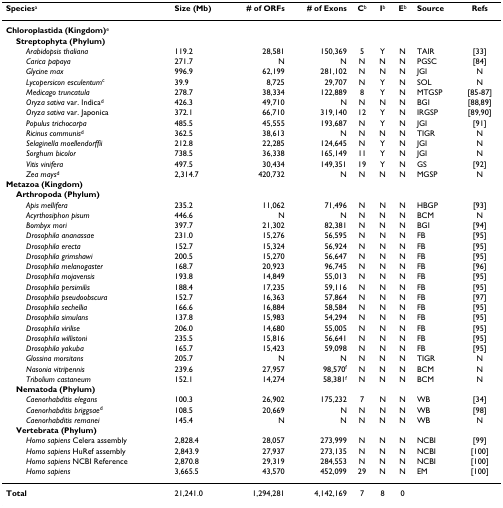
<table><thead><tr><td><b>Species<sup>a</sup></b></td><td><b>Size (Mb)</b></td><td><b># of ORFs</b></td><td><b># of Exons</b></td><td><b>C<sup>b</sup></b></td><td><b>I<sup>b</sup></b></td><td><b>E<sup>b</sup></b></td><td><b>Source</b></td><td><b>Refs</b></td></tr></thead><tbody><tr><td><b>Chloroplastida (Kingdom)</b><sup>e</sup></td><td></td><td></td><td></td><td></td><td></td><td></td><td></td><td></td></tr><tr><td> <b>Streptophyta (Phylum)</b></td><td></td><td></td><td></td><td></td><td></td><td></td><td></td><td></td></tr><tr><td><i>Arabidopsis thaliana</i></td><td>119.2</td><td>28,581</td><td>150,369</td><td>5</td><td>Y</td><td>N</td><td>TAIR</td><td>[33]</td></tr><tr><td><i>Carica papaya</i></td><td>271.7</td><td>N</td><td>N</td><td>N</td><td>N</td><td>N</td><td>PGSC</td><td>[84]</td></tr><tr><td><i>Glycine max</i></td><td>996.9</td><td>62,199</td><td>281,102</td><td>N</td><td>N</td><td>N</td><td>JGI</td><td>N</td></tr><tr><td><i>Lycopersicon esculentum</i><sup>c</sup></td><td>39.9</td><td>8,725</td><td>29,707</td><td>N</td><td>Y</td><td>N</td><td>SOL</td><td>N</td></tr><tr><td><i>Medicago truncatula</i></td><td>278.7</td><td>38,334</td><td>122,889</td><td>8</td><td>Y</td><td>N</td><td>MTGSP</td><td>[85-87]</td></tr><tr><td><i>Oryza sativa </i>var. Indica<sup>d</sup></td><td>426.3</td><td>49,710</td><td>N</td><td>N</td><td>N</td><td>N</td><td>BGI</td><td>[88,89]</td></tr><tr><td><i>Oryza sativa </i>var. Japonica</td><td>372.1</td><td>66,710</td><td>319,140</td><td>12</td><td>Y</td><td>N</td><td>IRGSP</td><td>[89,90]</td></tr><tr><td><i>Populus trichocarpa</i></td><td>485.5</td><td>45,555</td><td>193,687</td><td>N</td><td>Y</td><td>N</td><td>JGI</td><td>[91]</td></tr><tr><td><i>Ricinus communis</i><sup>d</sup></td><td>362.5</td><td>38,613</td><td>N</td><td>N</td><td>N</td><td>N</td><td>TIGR</td><td>N</td></tr><tr><td><i>Selaginella moellendorffii</i></td><td>212.8</td><td>22,285</td><td>124,645</td><td>N</td><td>Y</td><td>N</td><td>JGI</td><td>N</td></tr><tr><td><i>Sorghum bicolor</i></td><td>738.5</td><td>36,338</td><td>165,149</td><td>11</td><td>Y</td><td>N</td><td>JGI</td><td>N</td></tr><tr><td><i>Vitis vinifera</i></td><td>497.5</td><td>30,434</td><td>149,351</td><td>19</td><td>Y</td><td>N</td><td>GS</td><td>[92]</td></tr><tr><td><i>Zea mays</i><sup>d</sup></td><td>2,314.7</td><td>420,732</td><td>N</td><td>N</td><td>N</td><td>N</td><td>MGSP</td><td>N</td></tr><tr><td><b>Metazoa (Kingdom)</b></td><td></td><td></td><td></td><td></td><td></td><td></td><td></td><td></td></tr><tr><td> <b>Arthropoda (Phylum)</b></td><td></td><td></td><td></td><td></td><td></td><td></td><td></td><td></td></tr><tr><td><i>Apis mellifera</i></td><td>235.2</td><td>11,062</td><td>71,496</td><td>N</td><td>N</td><td>N</td><td>HBGP</td><td>[93]</td></tr><tr><td><i>Acyrthosiphon pisum</i></td><td>446.6</td><td>N</td><td>N</td><td>N</td><td>N</td><td>N</td><td>BCM</td><td>N</td></tr><tr><td><i>Bombyx mori</i></td><td>397.7</td><td>21,302</td><td>82,381</td><td>N</td><td>N</td><td>N</td><td>BGI</td><td>[94]</td></tr><tr><td><i>Drosophila ananassae</i></td><td>231.0</td><td>15,276</td><td>56,595</td><td>N</td><td>N</td><td>N</td><td>FB</td><td>[95]</td></tr><tr><td><i>Drosophila erecta</i></td><td>152.7</td><td>15,324</td><td>56,924</td><td>N</td><td>N</td><td>N</td><td>FB</td><td>[95]</td></tr><tr><td><i>Drosophila grimshawi</i></td><td>200.5</td><td>15,270</td><td>56,647</td><td>N</td><td>N</td><td>N</td><td>FB</td><td>[95]</td></tr><tr><td><i>Drosophila melanogaster</i></td><td>168.7</td><td>20,923</td><td>96,745</td><td>N</td><td>N</td><td>N</td><td>FB</td><td>[96]</td></tr><tr><td><i>Drosophila mojavensis</i></td><td>193.8</td><td>14,849</td><td>55,013</td><td>N</td><td>N</td><td>N</td><td>FB</td><td>[95]</td></tr><tr><td><i>Drosophila persimilis</i></td><td>188.4</td><td>17,235</td><td>59,116</td><td>N</td><td>N</td><td>N</td><td>FB</td><td>[95]</td></tr><tr><td><i>Drosophila pseudoobscura</i></td><td>152.7</td><td>16,363</td><td>57,864</td><td>N</td><td>N</td><td>N</td><td>FB</td><td>[97]</td></tr><tr><td><i>Drosophila sechellia</i></td><td>166.6</td><td>16,884</td><td>58,584</td><td>N</td><td>N</td><td>N</td><td>FB</td><td>[95]</td></tr><tr><td><i>Drosophila simulans</i></td><td>137.8</td><td>15,983</td><td>54,294</td><td>N</td><td>N</td><td>N</td><td>FB</td><td>[95]</td></tr><tr><td><i>Drosophila virilise</i></td><td>206.0</td><td>14,680</td><td>55,005</td><td>N</td><td>N</td><td>N</td><td>FB</td><td>[95]</td></tr><tr><td><i>Drosophila willistoni</i></td><td>235.5</td><td>15,816</td><td>56,641</td><td>N</td><td>N</td><td>N</td><td>FB</td><td>[95]</td></tr><tr><td><i>Drosophila yakuba</i></td><td>165.7</td><td>15,423</td><td>59,098</td><td>N</td><td>N</td><td>N</td><td>FB</td><td>[95]</td></tr><tr><td><i>Glossina morsitans</i></td><td>205.7</td><td>N</td><td>N</td><td>N</td><td>N</td><td>N</td><td>TIGR</td><td>N</td></tr><tr><td><i>Nasonia vitripennis</i></td><td>239.6</td><td>27,957</td><td>98,570<sup>f</sup></td><td>N</td><td>N</td><td>N</td><td>BCM</td><td>N</td></tr><tr><td><i>Tribolium castaneum</i></td><td>152.1</td><td>14,274</td><td>58,381<sup>f</sup></td><td>N</td><td>N</td><td>N</td><td>BCM</td><td>N</td></tr><tr><td> <b>Nematoda (Phylum)</b></td><td></td><td></td><td></td><td></td><td></td><td></td><td></td><td></td></tr><tr><td><i>Caenorhabditis elegans</i></td><td>100.3</td><td>26,902</td><td>175,232</td><td>7</td><td>N</td><td>N</td><td>WB</td><td>[34]</td></tr><tr><td><i>Caenorhabditis briggsae</i><sup>d</sup></td><td>108.5</td><td>20,669</td><td>N</td><td>N</td><td>N</td><td>N</td><td>WB</td><td>[98]</td></tr><tr><td><i>Caenorhabditis remanei</i></td><td>145.4</td><td>N</td><td>N</td><td>N</td><td>N</td><td>N</td><td>WB</td><td>N</td></tr><tr><td> <b>Vertebrata (Phylum)</b></td><td></td><td></td><td></td><td></td><td></td><td></td><td></td><td></td></tr><tr><td><i>Homo sapiens </i>Celera assembly</td><td>2,828.4</td><td>28,057</td><td>273,999</td><td>N</td><td>N</td><td>N</td><td>NCBI</td><td>[99]</td></tr><tr><td><i>Homo sapiens </i>HuRef assembly</td><td>2,843.9</td><td>27,937</td><td>273,135</td><td>N</td><td>N</td><td>N</td><td>NCBI</td><td>[100]</td></tr><tr><td><i>Homo sapiens </i>NCBI Reference</td><td>2,870.8</td><td>29,319</td><td>284,553</td><td>N</td><td>N</td><td>N</td><td>NCBI</td><td>[100]</td></tr><tr><td><i>Homo sapiens</i></td><td>3,665.5</td><td>43,570</td><td>452,099</td><td>29</td><td>N</td><td>N</td><td>EM</td><td>[100]</td></tr><tr><td><b>Total</b></td><td>21,241.0</td><td>1,294,281</td><td>4,142,169</td><td>7</td><td>8</td><td>0</td><td></td><td></td></tr></tbody></table>